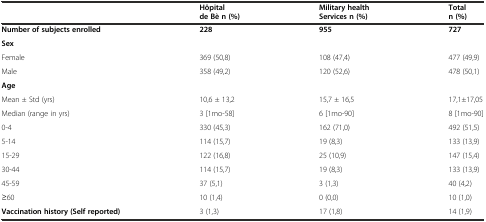
<table><thead><tr><td></td><td><b>Hôpital de Bè n (%)</b></td><td><b>Military health Services n (%)</b></td><td><b>Total n (%)</b></td></tr></thead><tbody><tr><td><b>Number of subjects enrolled</b></td><td><b>228</b></td><td><b>955</b></td><td><b>727</b></td></tr><tr><td><b>Sex</b></td><td></td><td></td><td></td></tr><tr><td>Female</td><td>369 (50,8)</td><td>108 (47,4)</td><td>477 (49,9)</td></tr><tr><td>Male</td><td>358 (49,2)</td><td>120 (52,6)</td><td>478 (50,1)</td></tr><tr><td><b>Age</b></td><td></td><td></td><td></td></tr><tr><td>Mean ± Std (yrs)</td><td>10,6 ± 13,2</td><td>15,7 ± 16,5</td><td>17,1±17,05</td></tr><tr><td>Median (range in yrs)</td><td>3 [1mo-58]</td><td>6 [1mo-90]</td><td>8 [1mo-90]</td></tr><tr><td>0-4</td><td>330 (45,3)</td><td>162 (71,0)</td><td>492 (51,5)</td></tr><tr><td>5-14</td><td>114 (15,7)</td><td>19 (8,3)</td><td>133 (13,9)</td></tr><tr><td>15-29</td><td>122 (16,8)</td><td>25 (10,9)</td><td>147 (15,4)</td></tr><tr><td>30-44</td><td>114 (15,7)</td><td>19 (8,3)</td><td>133 (13,9)</td></tr><tr><td>45-59</td><td>37 (5,1)</td><td>3 (1,3)</td><td>40 (4,2)</td></tr><tr><td>≥60</td><td>10 (1,4)</td><td>0 (0,0)</td><td>10 (1,0)</td></tr><tr><td><b>Vaccination history (Self reported)</b></td><td>3 (1,3)</td><td>17 (1,8)</td><td>14 (1,9)</td></tr></tbody></table>